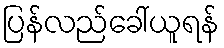
ပြန်လည်ခေါ်ယူရန်